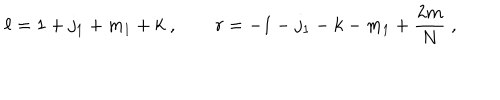
\ell = 1 + j _ { 1 } + m _ { 1 } + k \; , \qquad r = - 1 - j _ { 1 } - k - m _ { 1 } + { \frac { 2 m } { N } } \; ,